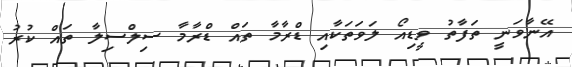
އޭނާވަނީ ތަފާތު ވީޑިއޯ ލަވަތަކާއި ޑްރާމާ ތައް ޑްރާމާ ސިލްސިލާ ތައް ކުރު